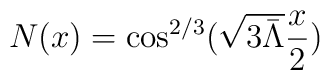
N(x)=\cos^{2/3}(\sqrt{3\bar\Lambda}\frac x2)